Civil Veterinary Department Bihar & Orissa reports 1929-36 - 1929-1936
Year: 1929
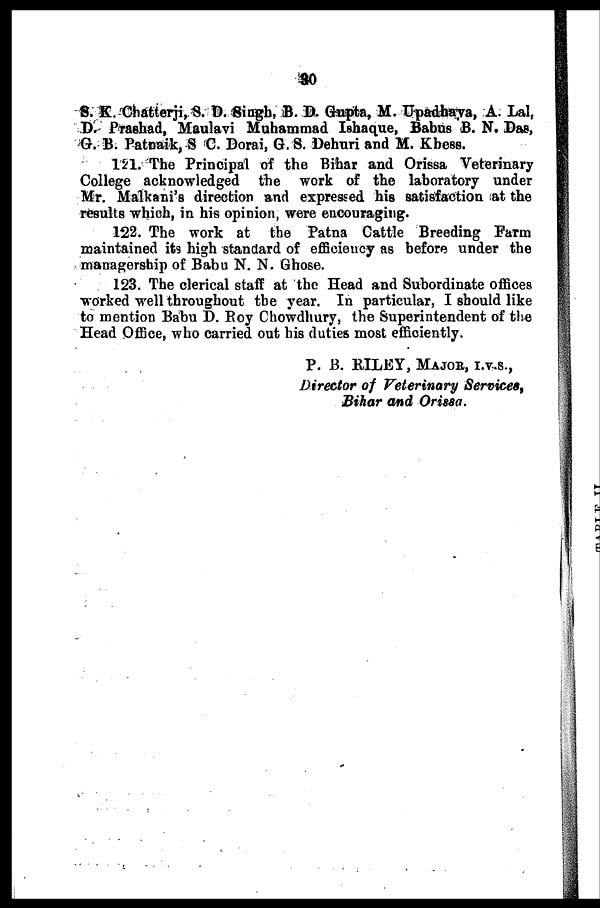
80
S. K. Chatterji, S. D. Singh, B. D. Gupta, M. Upadhaya, A. Lal,
D. Prashad, Maulavi Muhammad Ishaque, Babus B. N. Das,
G. B. Patnaik, S C. Dorai, G. S. Dehuri and M. Kbess.
121. The Principal of the Bihar and Orissa Veterinary
College acknowledged the work of the laboratory under
Mr. Malkani's direction and expressed his satisfaction at the
results which, in his opinion, were encouraging.
122. The work at the Patna Cattle Breeding Farm
maintained its high standard of efficiency as before under the
managership of Babu N. N. Ghose.
123. The clerical staff at the Head and Subordinate offices
worked well throughout the year. In particular, I should like
to mention Babu D. Roy Chowdhury, the Superintendent of the
Head Office, who carried out his duties most efficiently.
P. B. RILEY, MAJOR, I.V.S.,
Director of Veterinary Service,
Bihar and Orissa.